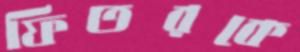
ফিতরকে